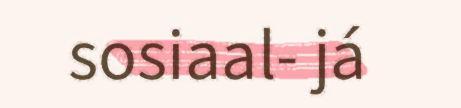
sosiaal- já